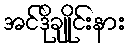
အင်ဒိုချိုင်းနား